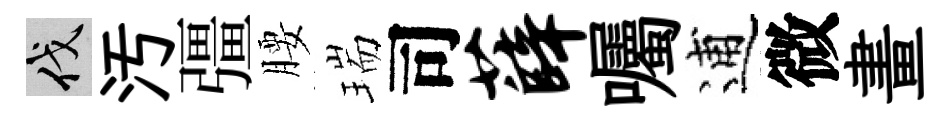
伐汚彊腰瑞司薛囑逋微畫